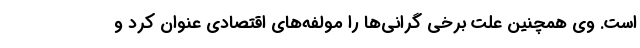
است. وی همچنین علت برخی گرانی‌ها را مولفه‌های اقتصادی عنوان کرد و